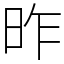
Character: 昨